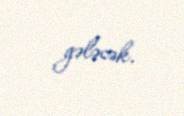
gələcək.